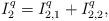
LaTeX: \begin{align*} I_2^q =I^{q}_{2,1}+I^{q}_{2,2},\end{align*}